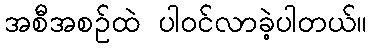
အစီအစဥ်ထဲ ပါဝင်လာခဲ့ပါတယ်။